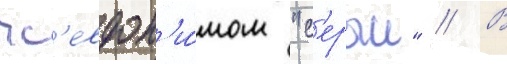
пс'евдон'и́мом "с'ерыи" // В